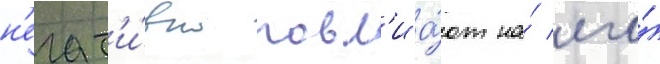
н'егат'и́вно повл'иа́ют на́ его́